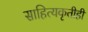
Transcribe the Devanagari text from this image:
साहित्यकृतीही